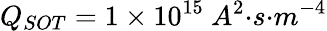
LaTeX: Q_{SOT}=1\times{10}^{15}\ {{A}}^{2}{{·}}{s}{{·}}{{m}}^{{-4}}